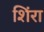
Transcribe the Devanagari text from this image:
शिंरा